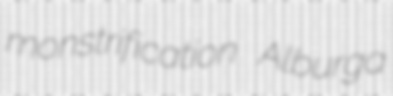
monstrification Alburga